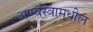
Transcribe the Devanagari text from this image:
अण्वस्त्रामधील